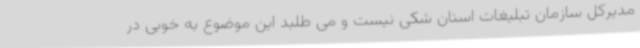
مدیرکل سازمان تبلیغات استان شکی نیست و می طلبد این موضوع به خوبی در